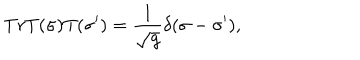
T r T ( \sigma ) T ( \sigma ^ { \prime } ) = \frac { 1 } { \sqrt g } \delta ( \sigma - \sigma ^ { \prime } ) ,